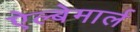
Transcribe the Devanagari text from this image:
ऐल्बेमार्ल